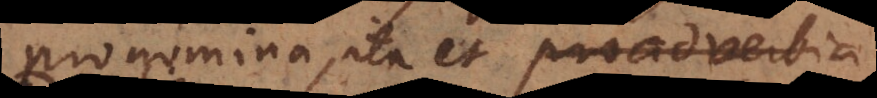
na, ita et proadverbia,